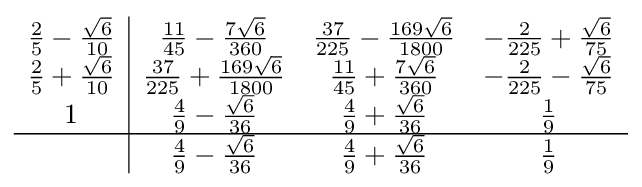
{\begin{array}{c|ccc}{\frac {2}{5}}-{\frac {\sqrt {6}}{10}}&{\frac {11}{45}}-{\frac {7{\sqrt {6}}}{360}}&{\frac {37}{225}}-{\frac {169{\sqrt {6}}}{1800}}&-{\frac {2}{225}}+{\frac {\sqrt {6}}{75}}\\{\frac {2}{5}}+{\frac {\sqrt {6}}{10}}&{\frac {37}{225}}+{\frac {169{\sqrt {6}}}{1800}}&{\frac {11}{45}}+{\frac {7{\sqrt {6}}}{360}}&-{\frac {2}{225}}-{\frac {\sqrt {6}}{75}}\\1&{\frac {4}{9}}-{\frac {\sqrt {6}}{36}}&{\frac {4}{9}}+{\frac {\sqrt {6}}{36}}&{\frac {1}{9}}\\\hline &{\frac {4}{9}}-{\frac {\sqrt {6}}{36}}&{\frac {4}{9}}+{\frac {\sqrt {6}}{36}}&{\frac {1}{9}}\\\end{array}}